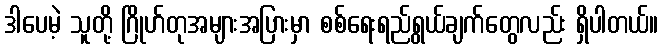
ဒါပေမဲ့ သူတို့ ဂြိုဟ်တုအများအပြားမှာ စစ်ရေးရည်ရွယ်ချက်တွေလည်း ရှိပါတယ်။